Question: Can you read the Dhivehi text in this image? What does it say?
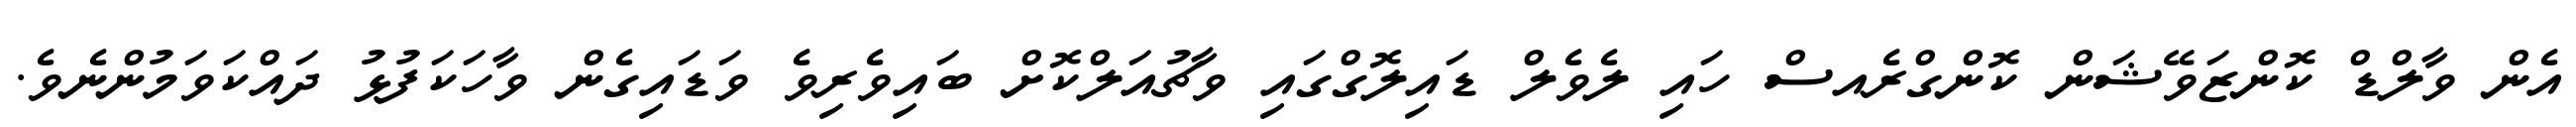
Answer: އެން ވާލްޑް ކޮންޒަވޭޝަން ކޮންގްރެއސް ހައި ލެވެލް ޑައިލޮގްގައި ވާޗުއަލްކޮށް ބައިވެރިވެ ވަޑައިގެން ވާހަކަފުޅު ދައްކަވަމުންނެވެ.